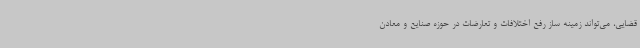
قضایی، می‌تواند زمینه ساز رفع اختلافات و تعارضات در حوزه صنایع و معادن